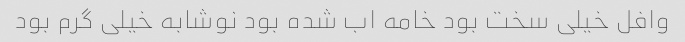
وافل خیلی سخت بود خامه اب شده بود نوشابه خیلی گرم بود